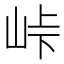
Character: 峠